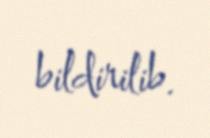
bildirilib.